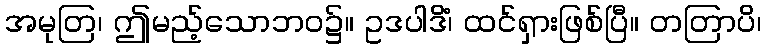
အမုတြ၊ ဤမည့်သောဘဝ၌။ ဥဒပါဒိံ၊ ထင်ရှားဖြစ်ပြီ။ တတြာပိ၊